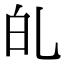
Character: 癿